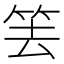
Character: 𥬔